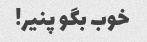
خوب بگو پنیر!